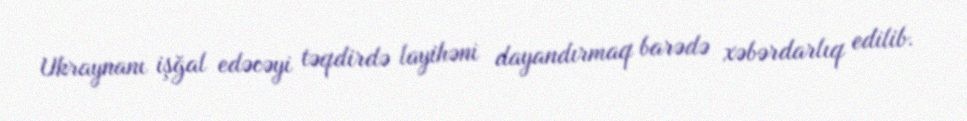
Ukraynanı işğal edəcəyi təqdirdə layihəni dayandırmaq barədə xəbərdarlıq edilib.